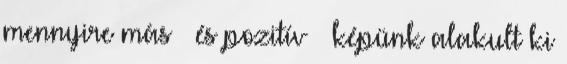
mennyire más – és pozitív – képünk alakult ki